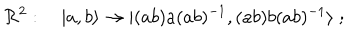
{ \cal R } ^ { 2 } : \quad | a , b \rangle \to | ( a b ) a ( a b ) ^ { - 1 } , ( a b ) b ( a b ) ^ { - 1 } \rangle \; ;